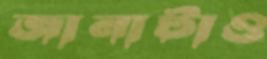
জানাটাও